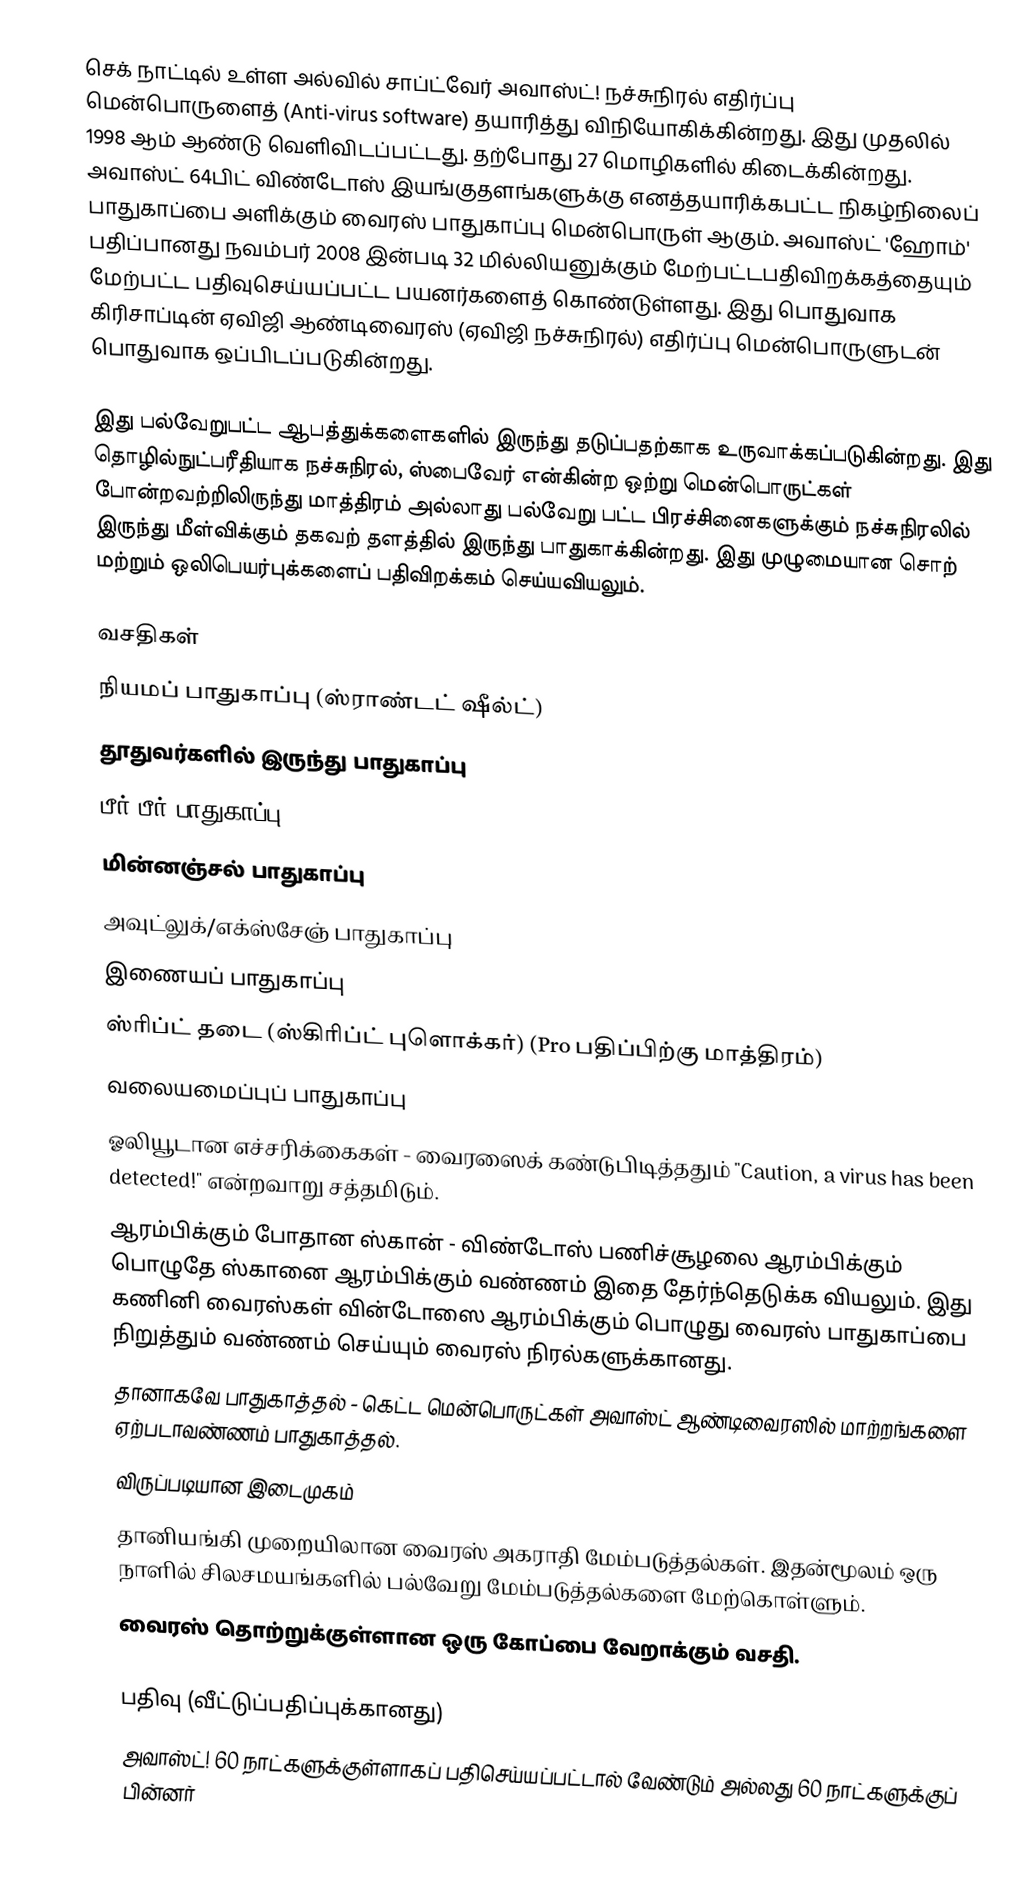
செக் நாட்டில் உள்ள அல்வில் சாப்ட்வேர் அவாஸ்ட்! நச்சுநிரல் எதிர்ப்பு மென்பொருளைத் (Anti-virus software) தயாரித்து விநியோகிக்கின்றது. இது முதலில் 1998 ஆம் ஆண்டு வெளிவிடப்பட்டது. தற்போது 27 மொழிகளில் கிடைக்கின்றது. அவாஸ்ட் 64பிட் விண்டோஸ் இயங்குதளங்களுக்கு எனத்தயாரிக்கபட்ட நிகழ்நிலைப் பாதுகாப்பை அளிக்கும் வைரஸ் பாதுகாப்பு மென்பொருள் ஆகும். அவாஸ்ட் 'ஹோம்' பதிப்பானது நவம்பர் 2008 இன்படி 32 மில்லியனுக்கும் மேற்பட்டபதிவிறக்கத்தையும்  மேற்பட்ட பதிவுசெய்யப்பட்ட பயனர்களைத் கொண்டுள்ளது.  இது பொதுவாக கிரிசாப்டின் ஏவிஜி ஆண்டிவைரஸ் (ஏவிஜி நச்சுநிரல்) எதிர்ப்பு மென்பொருளுடன் பொதுவாக ஒப்பிடப்படுகின்றது.

இது பல்வேறுபட்ட ஆபத்துக்களைகளில் இருந்து தடுப்பதற்காக உருவாக்கப்படுகின்றது. இது தொழில்நுட்பரீதியாக நச்சுநிரல், ஸ்பைவேர் என்கின்ற ஒற்று மென்பொருட்கள் போன்றவற்றிலிருந்து மாத்திரம் அல்லாது பல்வேறு பட்ட பிரச்சினைகளுக்கும் நச்சுநிரலில் இருந்து மீள்விக்கும் தகவற் தளத்தில் இருந்து பாதுகாக்கின்றது. இது முழுமையான சொற் மற்றும் ஒலிபெயர்புக்களைப் பதிவிறக்கம் செய்யவியலும்.

வசதிகள்
 நியமப் பாதுகாப்பு (ஸ்ராண்டட் ஷீல்ட்)
 தூதுவர்களில் இருந்து பாதுகாப்பு
 பீர்-பீர் பாதுகாப்பு
 மின்னஞ்சல் பாதுகாப்பு
 அவுட்லுக்/எக்ஸ்சேஞ் பாதுகாப்பு
 இணையப் பாதுகாப்பு
 ஸ்ரிப்ட் தடை (ஸ்கிரிப்ட் புளொக்கர்) (Pro பதிப்பிற்கு மாத்திரம்)
 வலையமைப்புப் பாதுகாப்பு
 ஓலியூடான எச்சரிக்கைகள் - வைரஸைக் கண்டுபிடித்ததும் "Caution, a virus has been detected!" என்றவாறு சத்தமிடும்.
 ஆரம்பிக்கும் போதான ஸ்கான் - விண்டோஸ் பணிச்சூழலை ஆரம்பிக்கும் பொழுதே ஸ்கானை ஆரம்பிக்கும் வண்ணம் இதை தேர்ந்தெடுக்க வியலும். இது கணினி வைரஸ்கள் வின்டோஸை ஆரம்பிக்கும் பொழுது வைரஸ் பாதுகாப்பை நிறுத்தும் வண்ணம் செய்யும் வைரஸ் நிரல்களுக்கானது.
 தானாகவே பாதுகாத்தல் - கெட்ட மென்பொருட்கள் அவாஸ்ட் ஆண்டிவைரஸில் மாற்றங்களை ஏற்படாவண்ணம் பாதுகாத்தல்.
 விருப்படியான இடைமுகம்
 தானியங்கி முறையிலான வைரஸ் அகராதி மேம்படுத்தல்கள். இதன்மூலம் ஒரு நாளில் சிலசமயங்களில் பல்வேறு மேம்படுத்தல்களை மேற்கொள்ளும்.
 வைரஸ் தொற்றுக்குள்ளான ஒரு கோப்பை வேறாக்கும் வசதி.

பதிவு (வீட்டுப்பதிப்புக்கானது)
அவாஸ்ட்! 60 நாட்களுக்குள்ளாகப் பதிசெய்யப்பட்டால் வேண்டும் அல்லது 60 நாட்களுக்குப் பின்னர்